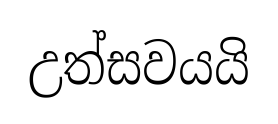
උත්සවයයි